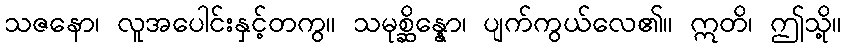
သဇနော၊ လူအပေါင်းနှင့်တကွ။ သမုစ္ဆိန္နော၊ ပျက်ကွယ်လေ၏။ ဣတိ၊ ဤသို့။